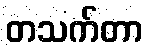
တသက်တာ